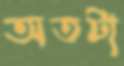
অতটা